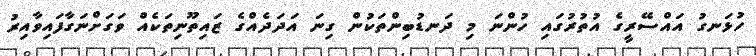
ހުޅަނގު އައްސޭރީގެ އުތުރުގައި ހުންނަ މި ދަނޑުބިންތަކުން ގިނަ އަދަދެއްގެ ޒައިތޫނިތަކެއް ވަގަށްނަގާފައިވާއިރު